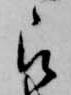
被